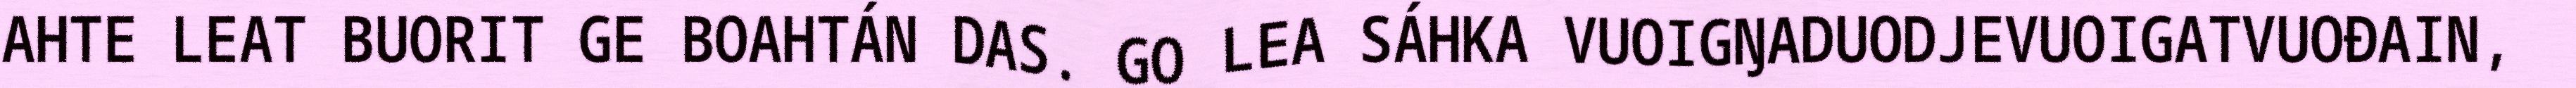
AHTE LEAT BUORIT GE BOAHTÁN DAS. GO LEA SÁHKA VUOIGŊADUODJEVUOIGATVUOĐAIN,